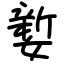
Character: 㜪